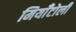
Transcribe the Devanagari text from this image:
मियाँटोली